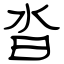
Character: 沓